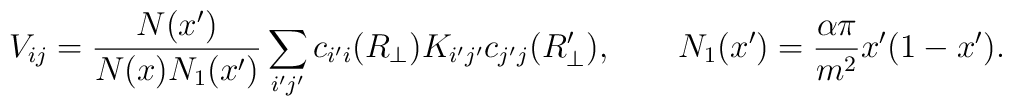
V_{ij}={N(x')\over N(x)N_1(x')}\sum_{i'j'} c_{i'i}(R_{\perp}) K_{i'j'} c_{j'j}(R'_{\perp}),\qquad N_1(x')={\alpha\pi\over m^2} x'(1-x').